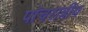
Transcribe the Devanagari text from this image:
पांचरात्रीय